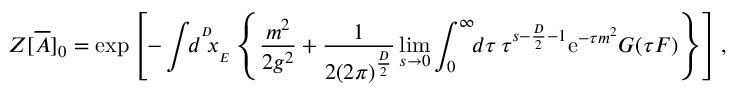
Z [ { \overline { { { A } } } } ] _ { 0 } = \exp \left[ - \int \! \! d ^ { ^ { D } } \! \! x _ { _ { E } } \left\{ { \frac { m ^ { 2 } } { 2 g ^ { 2 } } } + { \frac { 1 } { 2 ( 2 \pi ) ^ { { \frac { D } { 2 } } } } } \operatorname * { l i m } _ { s \rightarrow 0 } \int _ { 0 } ^ { \infty } \! \! d \tau \, \tau ^ { s - { \frac { D } { 2 } } - 1 } { \mathrm { e } } ^ { - \tau m ^ { 2 } } G ( \tau F ) \right\} \right] ,